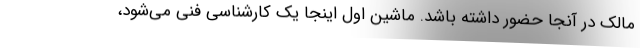
مالک در آنجا حضور داشته باشد. ماشین اول اینجا یک کارشناسی فنی می‌شود،